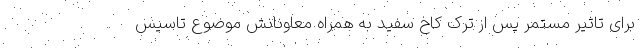
برای تاثیر مستمر پس از ترک کاخ سفید به همراه معاونانش موضوع تاسیس